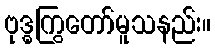
ဗုဒ္ဓကြွတော်မူသနည်း။